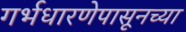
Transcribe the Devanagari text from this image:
गर्भधारणेपासूनच्या